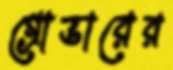
গ্রোভারের